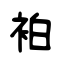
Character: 袙